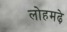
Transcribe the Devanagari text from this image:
लोहमढ़े